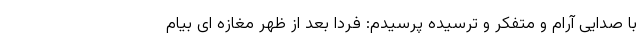
با صدایی آرام و متفکر و ترسیده پرسیدم: فردا بعد از ظهر مغازه ای بیام